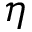
\eta